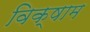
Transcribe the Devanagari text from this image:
विक्षाम